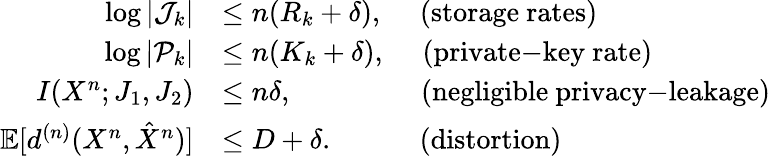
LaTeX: \begin{array}{rl}{\log|\mathcal{J}_{k}|}&{\leq n(R_{k}+\delta),~~~~~\mathrm{(storage~rates)}}\\ {\log|\mathcal{P}_{k}|}&{\leq n(K_{k}+\delta),~~~~~\mathrm{(private\mathrm{-}key~rate)}}\\ {I(X^{n};J_{1},J_{2})}&{\leq n\delta,~~~~~~~~~~~~~~~~~~\mathrm{(negligible~privacy\mathrm{-}leakage)}}\\ {\textstyle\mathbb{E}[{d^{(n)}}(X^{n},\hat{X}^{n})]}&{\leq{D+\delta}.~~~~~~~~~~~~\mathrm{(distortion)}}\end{array}